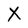
Character: X